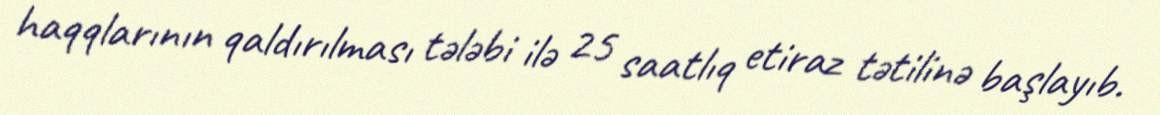
haqqlarının qaldırılması tələbi ilə 25 saatlıq etiraz tətilinə başlayıb.